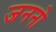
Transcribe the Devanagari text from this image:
जननो